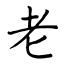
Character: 老